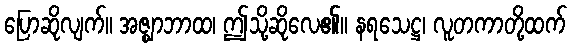
ပြောဆိုလျက်။ အဇ္ဈာဘာထ၊ ဤသို့ဆိုလေ၏။ နရသေဋ္ဌ၊ လူတကာတို့ထက်